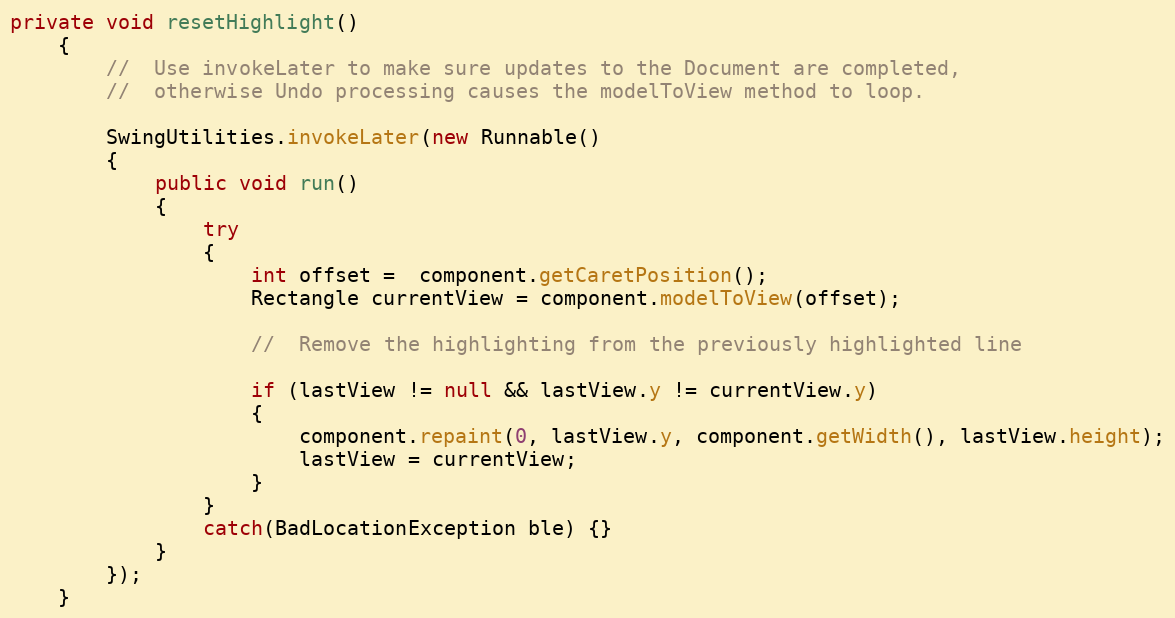
Language: Java
private void resetHighlight()
	{
		//  Use invokeLater to make sure updates to the Document are completed,
		//  otherwise Undo processing causes the modelToView method to loop.

		SwingUtilities.invokeLater(new Runnable()
		{
			public void run()
			{
				try
				{
					int offset =  component.getCaretPosition();
					Rectangle currentView = component.modelToView(offset);

					//  Remove the highlighting from the previously highlighted line

					if (lastView != null && lastView.y != currentView.y)
					{
						component.repaint(0, lastView.y, component.getWidth(), lastView.height);
						lastView = currentView;
					}
				}
				catch(BadLocationException ble) {}
			}
		});
	}